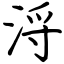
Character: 浖